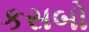
કસબો